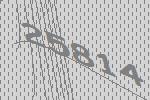
25814